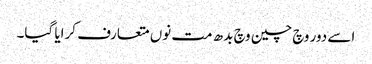
اسے دور وچ چین وچ بدھ مت نوں متعارف کرایا گیا۔